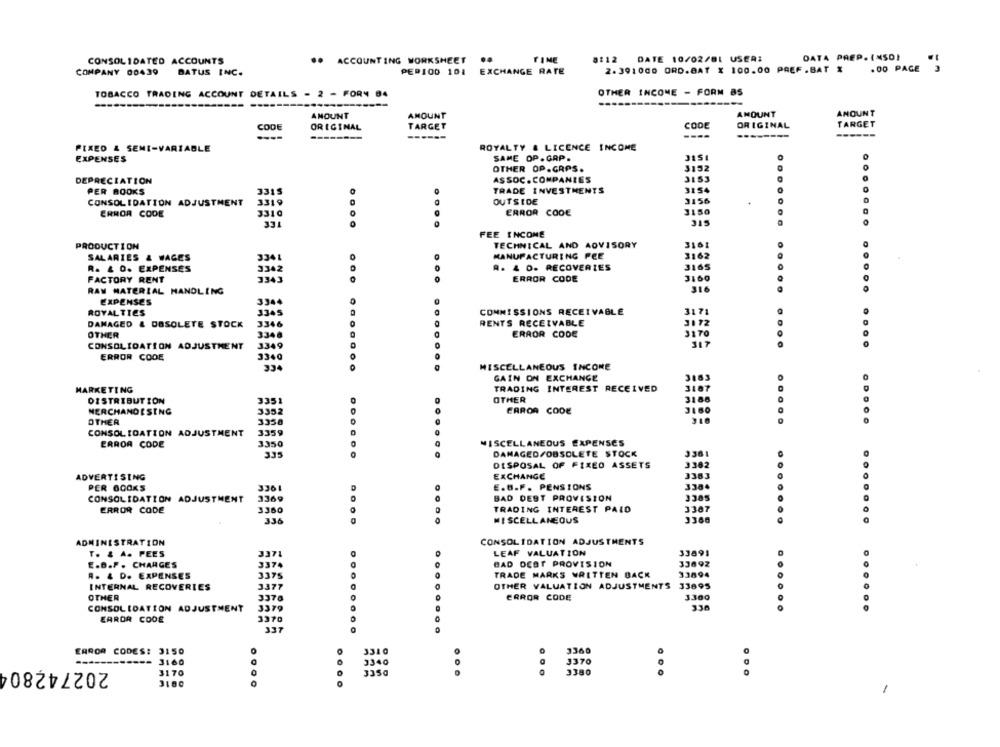
TIME
8212
DATE 10/02/81 USER:
DATA PREP. (NSO)
CONSOLIDATED ACCOUNTS
.. ACCOUNTING WORKSHEET
..
.00 PAGE
COMPANY 00439
BATUS INC.
PERIOD 101 EXCHANGE RATE
2.391000 ORD.BAT X 100.00 PREF.BAT %
TOBACCO TRADING ACCOUNT DETAILS - 2 - FORY 84
OTHER INCOME - FORM 85
-------
------
AMOUNT
AMOUNT
AMOUNT
AMOUNT
CODE
ORIGINAL
TARGET
CODE
ORIGINAL
TARGET
----
--------
-----
FIXED & SEMI-VARIABLE
ROYALTY & LICENCE INCOME
SAME OP. GAP.
EXPENSES
OTHER OP.GRPS.
3152
DEPRECIATION
ASSOC. COMPANIES
3153
PER BOOKS
3315
TRADE INVESTMENTS
3154
3319
OUTSIDE
3156
CONSOLIDATION ADJUSTMENT
3150
ERROR CODE
3310
ERROR CODE
STC
331
FEE INCOME
PRODUCTION
TECHNICAL AND ADVISORY
3161
MANUFACTURING PEE
3162
SALARIES & WAGES
334L
R. & O. EXPENSES
3342
A. 4 0. RECOVERIES
3165
J100
FACTORY RENT
3343
ERROR CODE
RAW MATERIAL HANDLING
316
EXPENSES
3344
ROYAL TIES
3345
COMMISSIONS RECEIVABLE
3171
RENTS RECEIVABLE
3172
DAMAGED & OBSOLETE STOCK
3346
OTHER
3340
ERROR CODE
3170
CONSOLIDATION ADJUSTMENT
3349
ERROR CODE
3340
... .......
MISCELLANEOUS INCOME
334
GAIN ON EXCHANGE
3163
MARKETING
TRADING INTEREST RECEIVED
3187
DISTRIBUTION
3351
OTHER
3188
MERCHANDISING
3352
ERROR CODE
3160
OTHER
3350
310
.....
CONSOLIDATION ADJUSTMENT
3359
ERROR CODE
3350
MISCELLANEOUS EXPENSES
335
......
DAMAGED/OBSOLETE STOCK
3361
DISPOSAL OF FIXED ASSETS
3362
ADVERTISING
EXCHANGE
3383
E.G.F . PENSIONS
3384
PER BOOKS
3361
CONSOLIDATION ADJUSTMENT
3369
BAD DEBT PROVISION
J385
3360
TRADING INTEREST PAID
3367
ERROR CODE
......
336
MISCELLANEOUS
3368
ADMINISTRATION
CONSOLIDATION ADJUSTMENTS
3371
LEAF VALUATION
33891
T. & A. PEES
E.B.F . CHARGES
3374
BAD DEBT PROVISION
33692
R. 4 D. EXPENSES
3375
TRADE MARKS WRITTEN BACK
33894
INTERNAL RECOVERIES
3377
OTHER VALUATION ADJUSTMENTS
33895
OTHER
3378
0
ERROR CODE
3300
CONSOLIDATION ADJUSTMENT
3379
336
......
......
ERROR CODE
3370
337
000
ERROR CODES: 3150
0
331 0
3360
202742804
3160
3340
3370
3170
3350
...
3380
3100